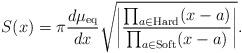
LaTeX: \begin{align*}S(x)=\pi\frac{d\mu_{\mathrm{eq}}}{dx}\sqrt{\left|\frac{\prod_{a\in\mathrm{Hard}}(x-a)}{\prod_{a\in\mathrm{Soft}}(x-a)}\right|}.\end{align*}